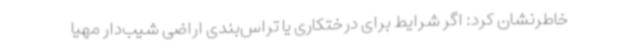
خاطرنشان کرد: اگر شرایط برای درختکاری یا تراس‌بندی اراضی شیب‌دار مهیا